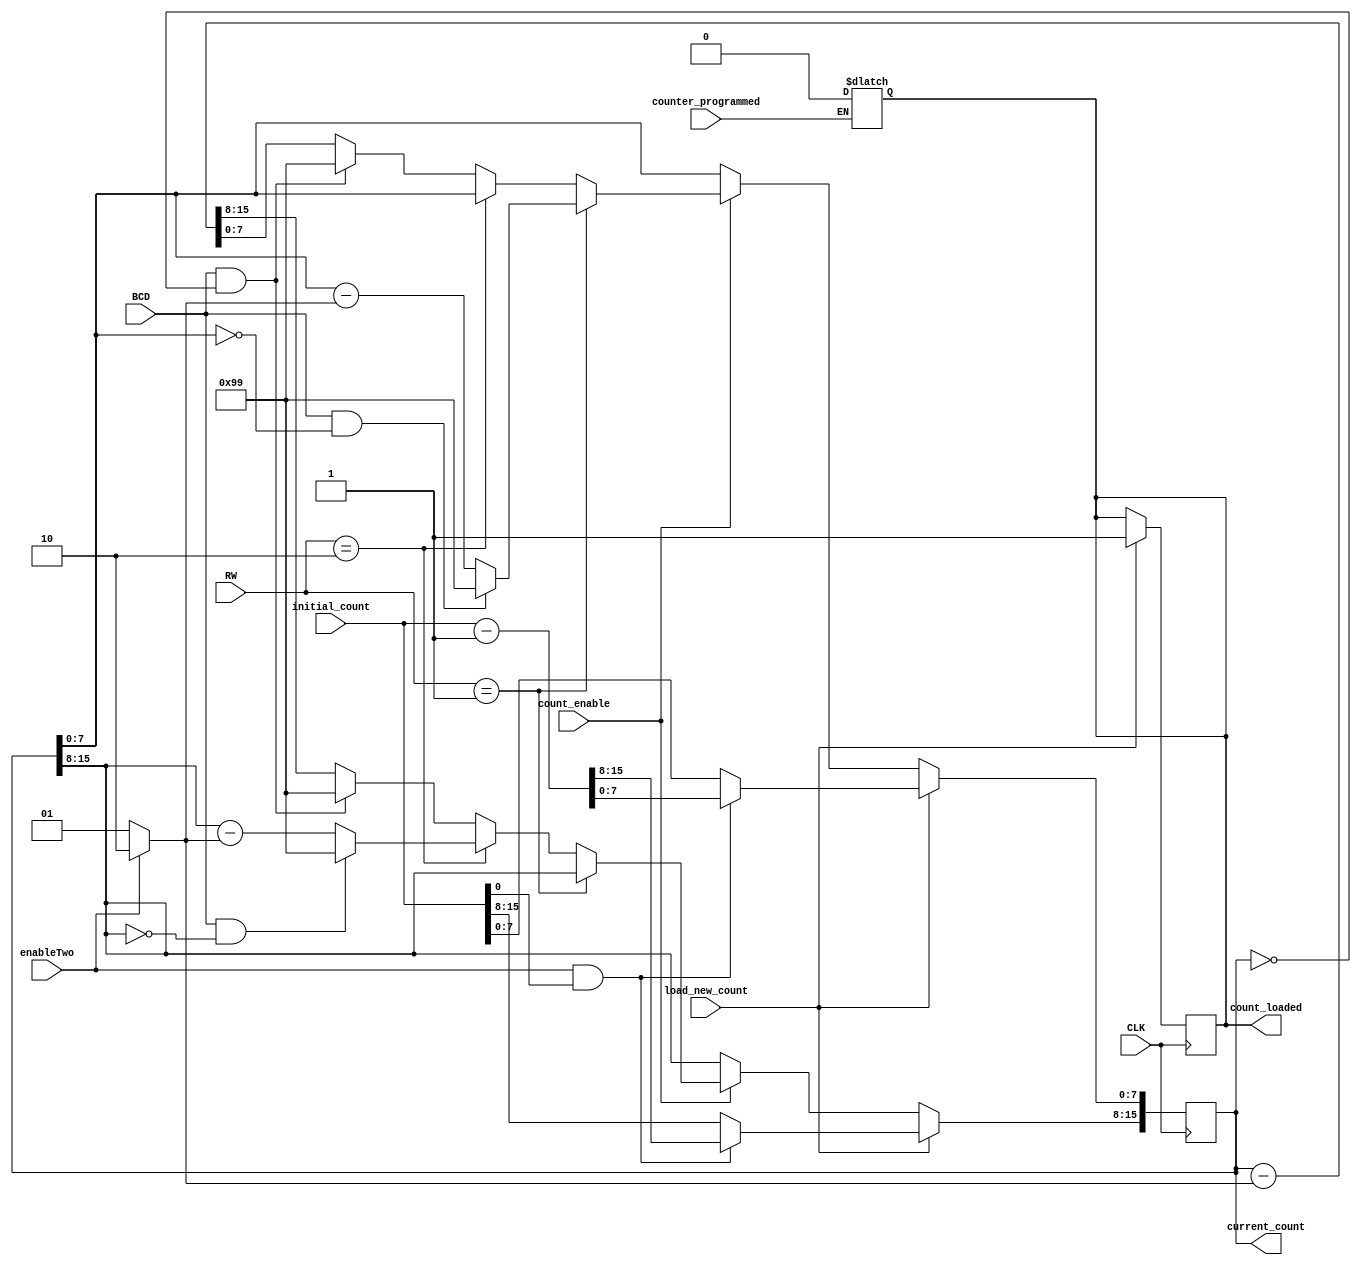
 module CountingElement(initial_count,current_count,CLK,count_enable,load_new_count,count_loaded,counter_programmed,BCD,RW,enableTwo);
  
  input [15:0] initial_count;
  output [15:0] current_count;
  input CLK,count_enable,load_new_count,BCD,enableTwo;
  output count_loaded;
  input counter_programmed;
  input [1:0] RW;
  reg [15:0] current_count;
  reg count_loaded;
  wire[7:0] subtractValue;
  
  assign subtractValue = 
(enableTwo) ? 8'b00000010:8'b00000001;

  always @(counter_programmed)
    if(counter_programmed)
      count_loaded <= 0;
  
  always @(posedge CLK) //lessa hazawed mawdoo3 hay3ed 3ala anhy byte(s)
  begin
	
	if(load_new_count) begin
		count_loaded <= 1;
		if(enableTwo && initial_count[0]==1) begin //odd count and mode 3 
			current_count <= initial_count-1;
		end 
		else begin 
			current_count <= initial_count;
		end
	end
	else begin 
		if(count_enable)
		  begin
			if(RW==2'b01)
			  begin
				if(BCD & current_count[7:0]==8'h00)
				  current_count[7:0] <= 8'h99;
				else
				  current_count[7:0] <= current_count[7:0] - subtractValue;
			  end
			else if(RW==2'b10)
			  begin
				if(BCD & current_count[15:8]==8'h00)
				  current_count[15:8] <= 8'h99;
				else
				  current_count[15:8] <= current_count[15:8] - subtractValue;
			  end
			else
			  begin
				if(BCD & current_count==16'h0000)
				  current_count <= 16'h9999;
				else
				  current_count <= current_count - {8'b00000000,subtractValue};
			  end
			
		  end
	end
  end
  
endmodule